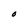
Character: O